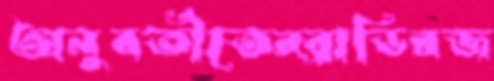
অনুবর্তীতেরব্রাডিরজ